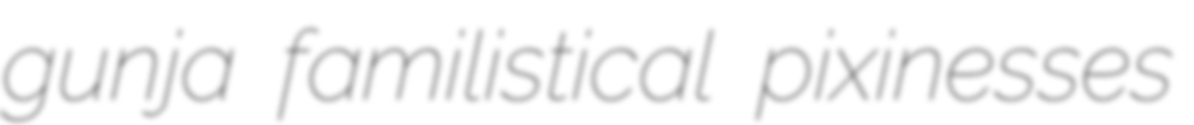
gunja familistical pixinesses